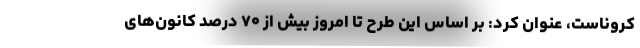
کروناست، عنوان کرد:‌ بر اساس این طرح تا امروز بیش از ۷۰ درصد کانون‌های